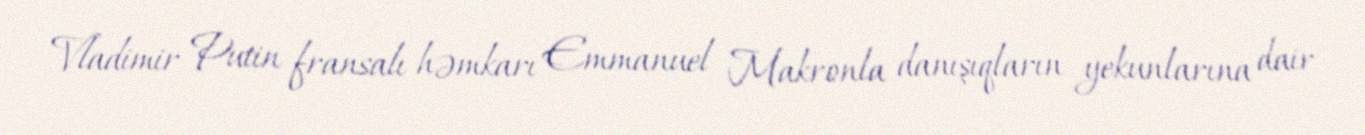
Vladimir Putin fransalı həmkarı Emmanuel Makronla danışıqların yekunlarına dair